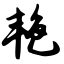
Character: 艳